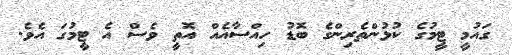
ގައުމީ ޓީމުގެ ކުޅުންތެރިންގެ ބޮޑު ހިއްސާއެއް އޮތީ ވެސް އެ ޓީމުގަ އެވެ.